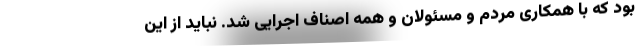
بود که با همکاری مردم و مسئولان و همه اصناف اجرایی شد. نباید از این